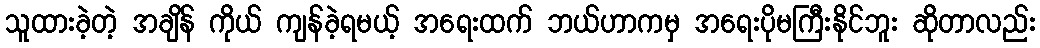
သူထားခဲ့တဲ့ အချိန် ကိုယ် ကျန်ခဲ့ရမယ့် အရေးထက် ဘယ်ဟာကမှ အရေးပိုမကြီးနိုင်ဘူး ဆိုတာလည်း